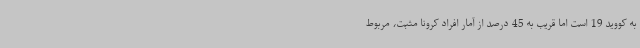
به کووید 19 است اما قریب به 45 درصد از آمار افراد کرونا مثبت، مربوط